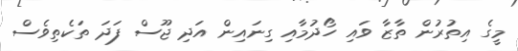
މީގެ އިތުރުން ތާޒާ ވައި ހޯދުމާއި ގިނައިން އަދި ޖޫސް ފަދަ ތަކެތިވެސް